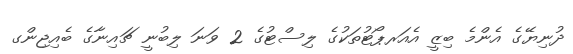
ދުނިޔޭގެ އެންމެ ބިޒީ އެއަރޕޯޓުތަކުގެ ލިސްޓުގެ 2 ވަނަ ލިބުނީ ޗައިނާގެ ބެއިޖިންގ